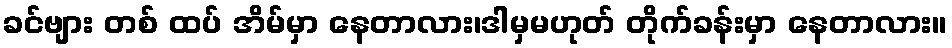
ခင်ဗျား တစ် ထပ် အိမ်မှာ နေတာလား၊ဒါမှမဟုတ် တိုက်ခန်းမှာ နေတာလား။